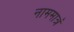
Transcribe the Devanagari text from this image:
नाममात्रं